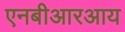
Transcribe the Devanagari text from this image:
एनबीआरआय